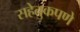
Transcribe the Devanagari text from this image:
सहेतुकपणे